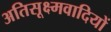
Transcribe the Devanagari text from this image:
अतिसूक्ष्मवादियों